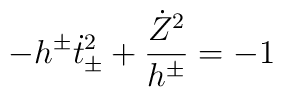
-h^{\pm}\dot t_{\pm} ^2+\frac{\dot Z ^2}{h^{\pm}}=-1